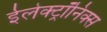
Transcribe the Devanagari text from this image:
ईलेक्ट्रॉनिक्स